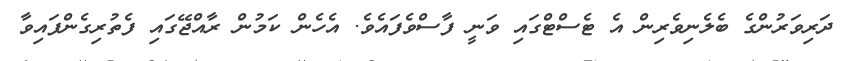
ދަރިވަރުންގެ ބެލެނިވެރިން އެ ޓެސްޓްގައި ވަނީ ފާސްވެފައެވެ. އެހެން ކަމުން ރާއްޖޭގައި ފެތުރިގެންފައިވާ